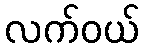
လက်ဝယ်